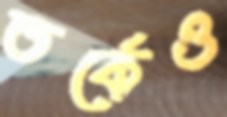
তর্কেও